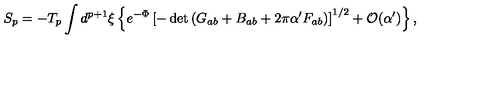
S _ { p } = - T _ { p } \int d ^ { p + 1 } \xi \left\{ e ^ { - \Phi } \left[ - \det \left( G _ { a b } + B _ { a b } + 2 \pi \alpha ^ { \prime } F _ { a b } \right) \right] ^ { 1 / 2 } + { \cal O } ( \alpha ^ { \prime } ) \right\} ,